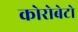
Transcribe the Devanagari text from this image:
कोरोबेटो